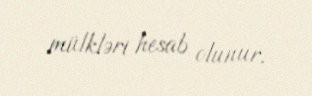
mülkləri hesab olunur.